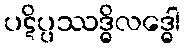
ပဋိပ္ပဿဒ္ဓိလဒ္ဓေါ